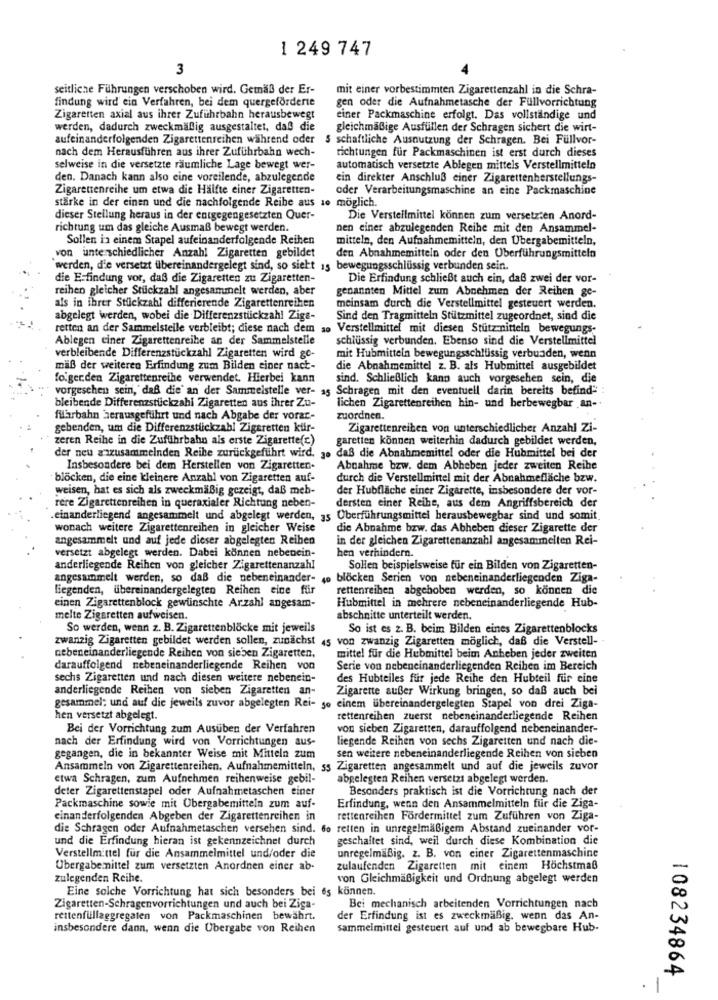
1 249 747
3
seitliche Führungen verschoben wird. Gemaß der Er-
mit einer vorbestimmten Zigarettenzahl in die Schra-
findung wird ein Verfahren, bei dem quergeforderte
gen oder die Aufnahmetasche der Fullvorrichtung
Zigaretten axial aus ihrer Zufuhrbahn herausbewegt
einer Packmaschine erfolgt. Das vollständige und
werden, dadurch zweckmäßig ausgestaltet, daß die
gleichmäßige Ausfüllen der Schragen sichert die wirt-
aufeinanderfolgenden Zigarettenreihen während oder $ schaftliche Ausnutzung der Schragen. Bei Füllvor-
nach dem Herausführen aus ihrer Zufuhrbahn wech-
richtungen für Packmaschinen ist erst durch dieses
selweise in die versetzte räumliche Lage bewegt wer-
automatisch versetzte Ablegen mittels Verstellmitteln
den. Danach kann also eine voreilende, abzulegende
ein direkter Anschluß einer Zigarettenherstellungs-
Zigarettenreihe um etwa die Hälfte einer Zigaretten-
oder Verarbeitungsmaschine an eine Packmaschine
stärke in der einen und die nachfolgende Reibe aus 10 möglich.
dieser Stellung heraus in der entgegengesetzten Quer-
Die Verstellmittel können zum versetzten Anord-
richtung um das gleiche Ausmaß bewegt werden.
nen einer abzulegenden Reihe mit den Ansammel-
Sollen in einem Stapel aufeinanderfolgende Reihen
mitteln, den Aufnahmemitteln, den Übergabemitteln,
von unterschiedlicher Anzahl Zigaretten gebildet
den Abnahmemitteln oder den Überführungsmitteln
werden, d'e versetzt übereinandergelegt sind, so sieht 15 bewegungsschlüssig verbunden sein.
die E-findung vor, daß die Zigaretten zu Zigaretten-
Die Erfindung schließt auch ein, daß zwei der vor-
reihen gleicher Stückzahl angesammelt werden, aber
genannten Mittel zum Abnehmen der Reihen ge-
als in ihrer Stückzahl differierende Zigarettenreihen
meinsam durch die Verstellmittel gesteuert werden.
abgelegt werden, wobei die Differenzstückzahl Zige-
Sind den Tragmitteln Stützmittel zugeordnet, sind die
retten an der Sammelstelle verbleibt; diese nach dem ao
Verstellmittel mit diesen Stutz nitteln bewegungs-
Ablegen ciner Zigarettenreihe an der Sammelstelle
schlüssig verbunden. Ebenso sind die Verstellmittel
verbleibende Differenzstückzahl Zigaretten wird ge-
mit Hubmitteln bewegungsschlüssig verbunden, wenn
maß der weiteren Erfindung zum Bilden einer nact-
die Abnahmemittel z. B. als Hubmittel ausgebildet
foigerden Zigarettenreihe verwendet. Hierbei kann
sind. Schließlich kann auch vorgesehen sein, die
vorgeschen sein, daß die' an der Sammelstelle ver- a5 Schragen mit den eventuell darin bereits befind" :
bleibende Differenzstückzahl Zigaretten aus ihrer Zu-
lichen Zigarettenreihen hin- und berbewegbar an-
filarbahn herausgeführt und nach Abgabe der vorar-
zuordnen.
gebenden, um die Differenzstückzahl Zigaretten kür-
Zigarettenreiben von unterschiedlicher Anzahl Zi-
zeren Reihe in die Zufuhrbahn als erste Zigarette(c)
garetten können weiterhin dadurch gebildet werden,
der neu aszusammelnden Reihe zurückgeführt wird.
· daß die Abnahmemittel oder die Hubmittel bei der
Insbesondere bei dem Herstellen von Zigaretten-
Abnahme bzw. dem Abheben jeder zweiten Reihe
blöcken, die eine kleinere Anzahl von Zigaretten auf-
durch die Verstellmittel mit der Abnahmefläche bzw.
weisen, hat es sich als zweckmäßig gezeigt, daß meb-
der Hubfläche einer Zigarette, insbesondere der vor-
rere Zigarettenreihen in queraxialer Richtung neben-
dersten einer Reihe, aus dem Angriffsbereich der
einanderliegend angesammelt und abgelegt werden, 35 Überführungsmittel herausbewegbar sind und somit.
wonach weitere Zigarettenreihen in gleicher Weise
die Abnahme bzw. das Abheben dieser Zigarette der
angesammelt und auf jede dieser abgelegten Reihen
in der gleichen Zigarettenanzahl angesammelten Rei-
hen verhindern.
versetzt abgelegt werden. Dabei können nebencin-
anderliegende Reihen von gleicher Zigarettenanzahl
Sollen beispielsweise für ein Bilden von Zigaretten-
angesammelt werden, so daß die nebeneinander- 4o blocken Serien von nebeneinanderliegenden Ziga-
liegenden, übereinandergelegten Reihen eine für
rettenreihen abgehoben werden, so können die
einen Zigarettenblock gewünschte Arzahl angesam-
Hubmittel in mehrere nebeneinanderliegende Hub-
melte Zigaretten aufweisen.
abschnitte unterteilt werden.
So werden, wenn z. B. Zigarettenblöcke mit jeweils
So ist es z. B. beim Bilden eines Zigarettenblocks
zwanzig Zigaretten gebildet werden sollen, zunächst 45 von zwanzig Zigaretten möglich, daß die Verstell-
nebeneinanderliegende Reihen von sieben Zigaretten,
mittel für die Hubmittel beim Anheben jeder zweiten
darauffolgend nebeneinanderliegende Reihen von
Serie von nebeneinanderliegenden Reihen im Bereich
sechs Zigaretten und nach diesen weitere nebenein-
des Hubteiles für jede Reihe den Hubteil für eine
anderliegende Reihen von sieben Zigaretten an-
Zigarette außer Wirkung bringen, so daß auch bei
gesammel: und auf die jeweils zuvor abgelegten Rei- so einem übereinandergelegten Stapel von drei Ziga-
hen versetzt abgelegt.
rettenreihen zuerst nebeneinanderliegende Reihen
Bei der Vorrichtung zum Ausüben der Verfahren
von sieben Zigaretten, darauffolgend nebeneinander-
nach der Erfindung wird von Vorrichtungen aus-
liegende Reihen von sechs Zigaretten und nach die-
gegangen, die in bekannter Weise mit Mitteln zum
sen weitere nebeneinanderliegende Reihen von sieben
Ansammeln von Zigarettenreihen, Aufnahmemitteln, 55 Zigaretten angesammelt und auf die jeweils zuvor
etwa Schragen, zum Aufnehmen reihenweise gebil-
abgelegten Reihen versetzt abgelegt werden.
deter Zigarettenstapel oder Aufnahmetaschen einer
Besonders praktisch ist die Vorrichtung nach der
Packmaschine sowie mit Übergabemitteln zum auf-
Erfindung, wenn den Ansammelmitteln für die Ziga-
einanderfolgenden Abgeben der Zigarettenreihen in
rettenreihen Fördermittel zum Zuführen von Ziga-
die Schragen oder Aufnahmetaschen versehen sind. 6o retten in unregelmäßigem Abstand zueinander vor-
und die Erfindung hieran ist gekennzeichnet durch
geschaltet sind, weil durch diese Kombination die
unregelmäßig. z. B. von einer Zigarettenmaschine
Verstellmittel für die Ansammelmittel und/oder die
Übergabe mittel zum versetzten Anordnen einer ab-
zulaufenden Zigaretten mit einem Höchstmaß
zulegenden Reihe.
von Gleichmäßigkeit und Ordnung abgelegt werden
Eine solche Vorrichtung hat sich besonders bei es können.
Zigaretten-Schragenvorrichtungen und auch bei Ziga-
Bei mechanisch arbeitenden Vorrichtungen nach
rettenfullaggregaten von Packmaschinen bewährt.
der Erfindung ist es zweckmäßig. wenn das An-
insbesondere dann, wenn die Übergabe von Reihen
sammeimittel gesteuert auf und ab bewegbare Hub-
108234864
.